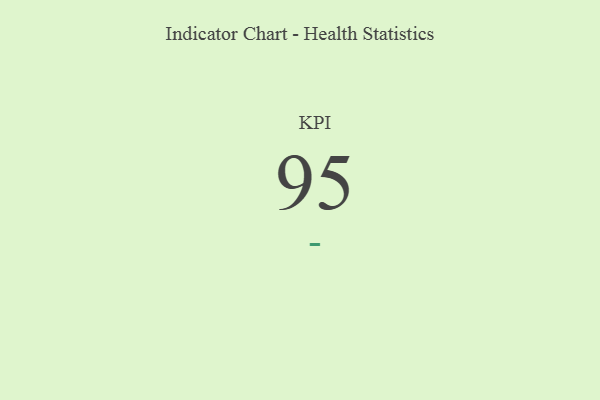
{"axis": {"x": "KPI", "y": "Value"}, "legend": [""], "data": [{"x": "KPI", "y": 95, "type": ""}]}